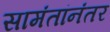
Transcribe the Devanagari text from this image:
सामंतांनंतर